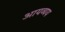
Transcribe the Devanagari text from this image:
आयव्यय